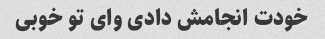
خودت انجامش دادی وای تو خوبی